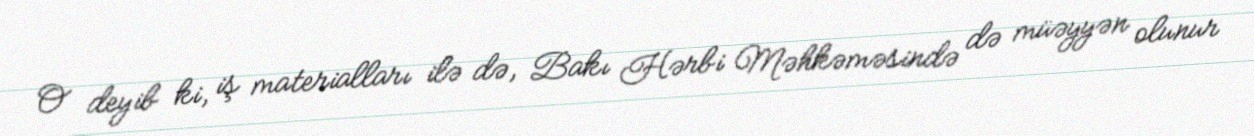
O deyib ki, iş materialları ilə də, Bakı Hərbi Məhkəməsində də müəyyən olunur